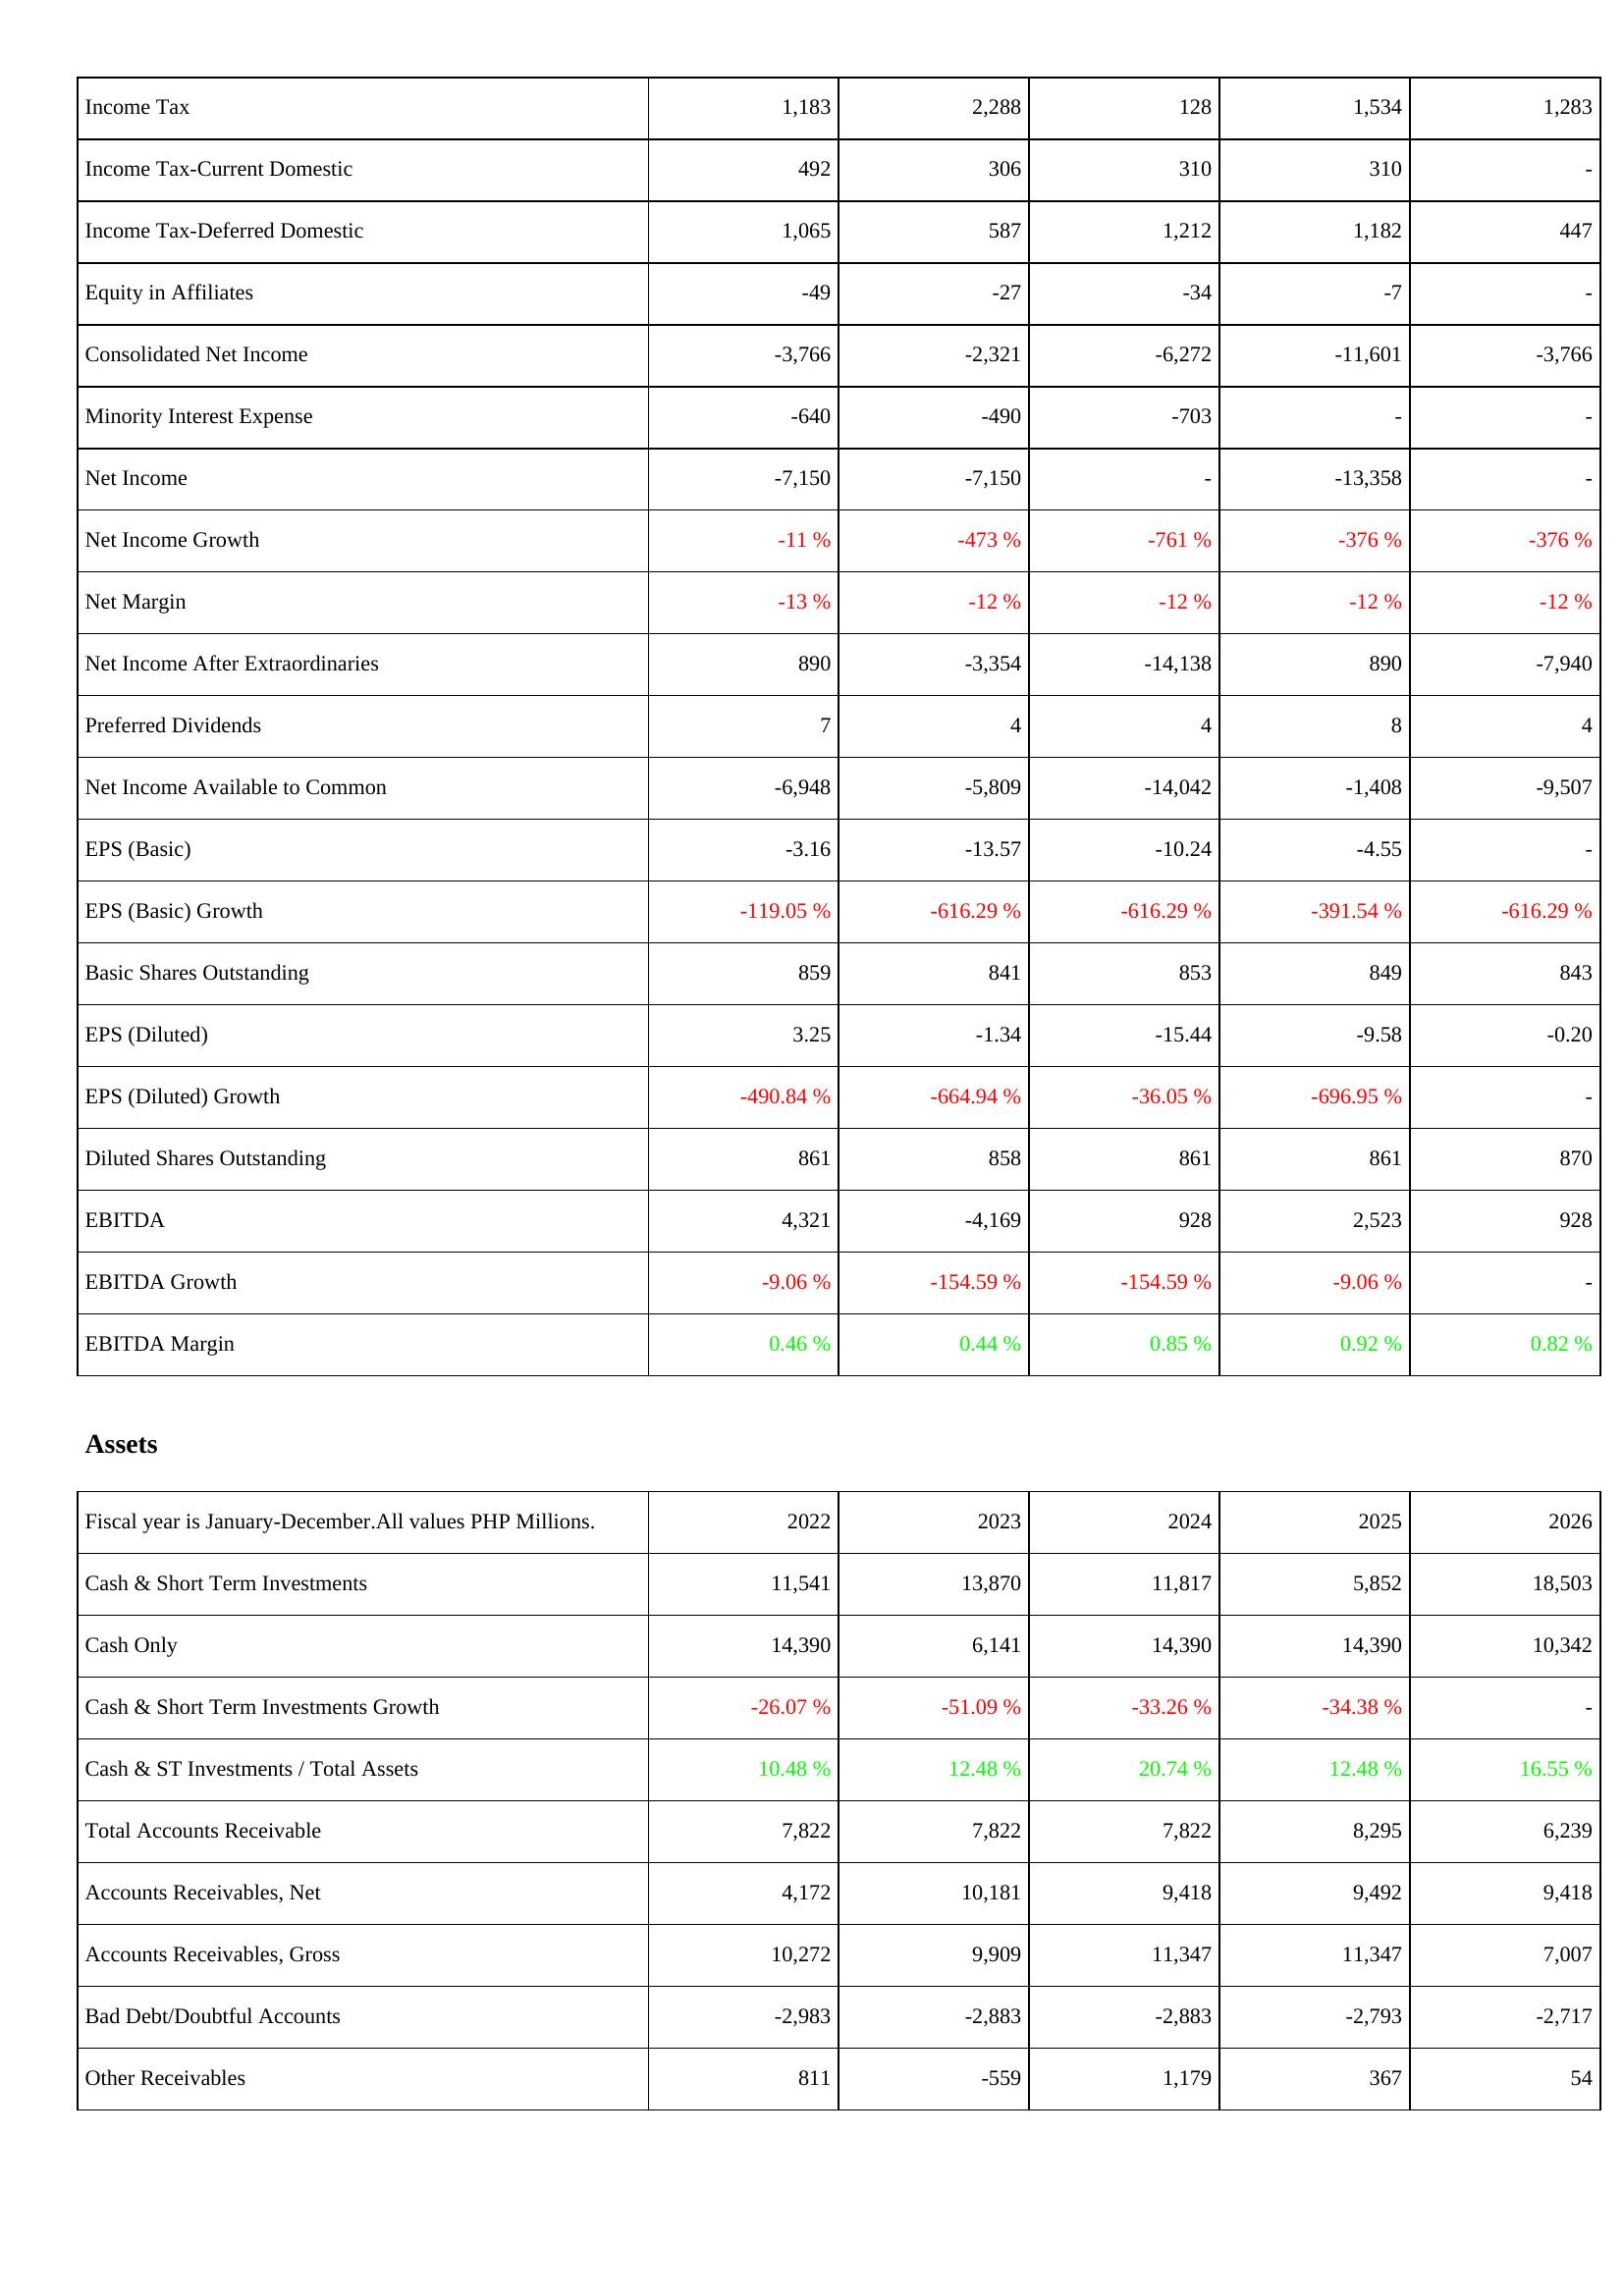
2022: Income Statement: Income Tax: 1,183
Income Tax-Current Domestic: 492
Income Tax-Deferred Domestic: 1,065
Equity in Affiliates: -49
Consolidated Net Income: -3,766
Minority Interest Expense: -640
Net Income: -7,150
Net Income Growth: -11 %
Net Margin: -13 %
Net Income After Extraordinaries: 890
Preferred Dividends: 7
Net Income Available to Common: -6,948
EPS (Basic): -3.16
EPS (Basic) Growth: -119.05 %
Basic Shares Outstanding: 859
EPS (Diluted): 3.25
EPS (Diluted) Growth: -490.84 %
Diluted Shares Outstanding: 861
EBITDA: 4,321
EBITDA Growth: -9.06 %
EBITDA Margin: 0.46 %
Assets: Cash & Short Term Investments: 11,541
Cash Only: 14,390
Cash & Short Term Investments Growth: -26.07 %
Cash & ST Investments / Total Assets: 10.48 %
Total Accounts Receivable: 7,822
Accounts Receivables, Net: 4,172
Accounts Receivables, Gross: 10,272
Bad Debt/Doubtful Accounts: -2,983
Other Receivables: 811
2023: Income Statement: Income Tax: 2,288
Income Tax-Current Domestic: 306
Income Tax-Deferred Domestic: 587
Equity in Affiliates: -27
Consolidated Net Income: -2,321
Minority Interest Expense: -490
Net Income: -7,150
Net Income Growth: -473 %
Net Margin: -12 %
Net Income After Extraordinaries: -3,354
Preferred Dividends: 4
Net Income Available to Common: -5,809
EPS (Basic): -13.57
EPS (Basic) Growth: -616.29 %
Basic Shares Outstanding: 841
EPS (Diluted): -1.34
EPS (Diluted) Growth: -664.94 %
Diluted Shares Outstanding: 858
EBITDA: -4,169
EBITDA Growth: -154.59 %
EBITDA Margin: 0.44 %
Assets: Cash & Short Term Investments: 13,870
Cash Only: 6,141
Cash & Short Term Investments Growth: -51.09 %
Cash & ST Investments / Total Assets: 12.48 %
Total Accounts Receivable: 7,822
Accounts Receivables, Net: 10,181
Accounts Receivables, Gross: 9,909
Bad Debt/Doubtful Accounts: -2,883
Other Receivables: -559
2024: Income Statement: Income Tax: 128
Income Tax-Current Domestic: 310
Income Tax-Deferred Domestic: 1,212
Equity in Affiliates: -34
Consolidated Net Income: -6,272
Minority Interest Expense: -703
Net Income: -
Net Income Growth: -761 %
Net Margin: -12 %
Net Income After Extraordinaries: -14,138
Preferred Dividends: 4
Net Income Available to Common: -14,042
EPS (Basic): -10.24
EPS (Basic) Growth: -616.29 %
Basic Shares Outstanding: 853
EPS (Diluted): -15.44
EPS (Diluted) Growth: -36.05 %
Diluted Shares Outstanding: 861
EBITDA: 928
EBITDA Growth: -154.59 %
EBITDA Margin: 0.85 %
Assets: Cash & Short Term Investments: 11,817
Cash Only: 14,390
Cash & Short Term Investments Growth: -33.26 %
Cash & ST Investments / Total Assets: 20.74 %
Total Accounts Receivable: 7,822
Accounts Receivables, Net: 9,418
Accounts Receivables, Gross: 11,347
Bad Debt/Doubtful Accounts: -2,883
Other Receivables: 1,179
2025: Income Statement: Income Tax: 1,534
Income Tax-Current Domestic: 310
Income Tax-Deferred Domestic: 1,182
Equity in Affiliates: -7
Consolidated Net Income: -11,601
Minority Interest Expense: -
Net Income: -13,358
Net Income Growth: -376 %
Net Margin: -12 %
Net Income After Extraordinaries: 890
Preferred Dividends: 8
Net Income Available to Common: -1,408
EPS (Basic): -4.55
EPS (Basic) Growth: -391.54 %
Basic Shares Outstanding: 849
EPS (Diluted): -9.58
EPS (Diluted) Growth: -696.95 %
Diluted Shares Outstanding: 861
EBITDA: 2,523
EBITDA Growth: -9.06 %
EBITDA Margin: 0.92 %
Assets: Cash & Short Term Investments: 5,852
Cash Only: 14,390
Cash & Short Term Investments Growth: -34.38 %
Cash & ST Investments / Total Assets: 12.48 %
Total Accounts Receivable: 8,295
Accounts Receivables, Net: 9,492
Accounts Receivables, Gross: 11,347
Bad Debt/Doubtful Accounts: -2,793
Other Receivables: 367
2026: Income Statement: Income Tax: 1,283
Income Tax-Current Domestic: -
Income Tax-Deferred Domestic: 447
Equity in Affiliates: -
Consolidated Net Income: -3,766
Minority Interest Expense: -
Net Income: -
Net Income Growth: -376 %
Net Margin: -12 %
Net Income After Extraordinaries: -7,940
Preferred Dividends: 4
Net Income Available to Common: -9,507
EPS (Basic): -
EPS (Basic) Growth: -616.29 %
Basic Shares Outstanding: 843
EPS (Diluted): -0.20
EPS (Diluted) Growth: -
Diluted Shares Outstanding: 870
EBITDA: 928
EBITDA Growth: -
EBITDA Margin: 0.82 %
Assets: Cash & Short Term Investments: 18,503
Cash Only: 10,342
Cash & Short Term Investments Growth: -
Cash & ST Investments / Total Assets: 16.55 %
Total Accounts Receivable: 6,239
Accounts Receivables, Net: 9,418
Accounts Receivables, Gross: 7,007
Bad Debt/Doubtful Accounts: -2,717
Other Receivables: 54